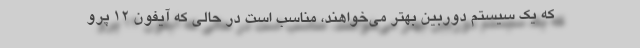
که یک سیستم دوربین بهتر می‌خواهند، مناسب است در حالی که آیفون ۱۲ پرو